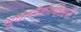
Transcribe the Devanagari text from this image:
भूवर्लोकाधिष्ठात्रीं